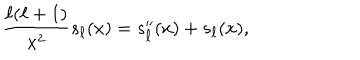
{ \frac { \ell ( \ell + 1 ) } { x ^ { 2 } } } s _ { \ell } ( x ) = s _ { \ell } ^ { \prime \prime } ( x ) + s _ { \ell } ( x ) ,